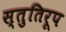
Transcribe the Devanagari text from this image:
स्तुतिरूप